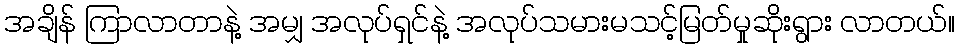
အချိန် ကြာလာတာနဲ့ အမျှ အလုပ်ရှင်နဲ့ အလုပ်သမားမသင့်မြတ်မှုဆိုးရွား လာတယ်။